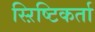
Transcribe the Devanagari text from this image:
स्ऱिष्टिकर्ता